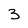
Character: 3